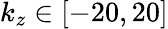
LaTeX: k_{z}\in[-20,20]